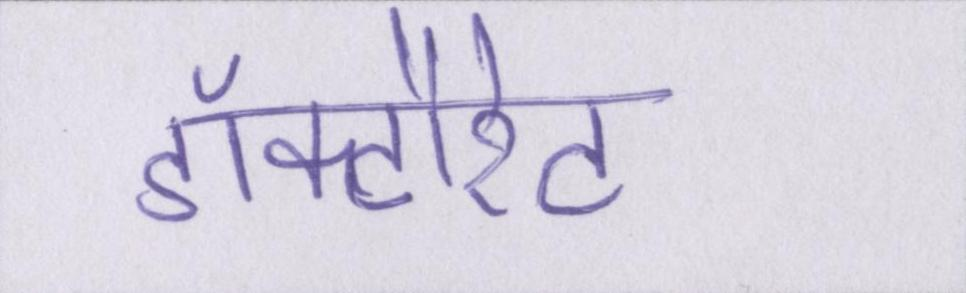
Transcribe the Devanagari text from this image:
डॉक्टौरेट